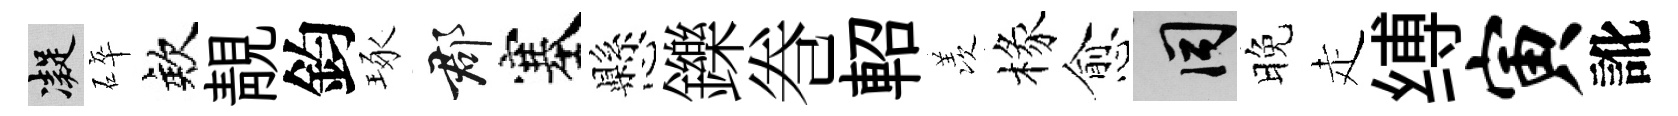
凝碎欸靚鈞琢郡塞懸鑠巻軺羡椽愈间晚走缚寅訛